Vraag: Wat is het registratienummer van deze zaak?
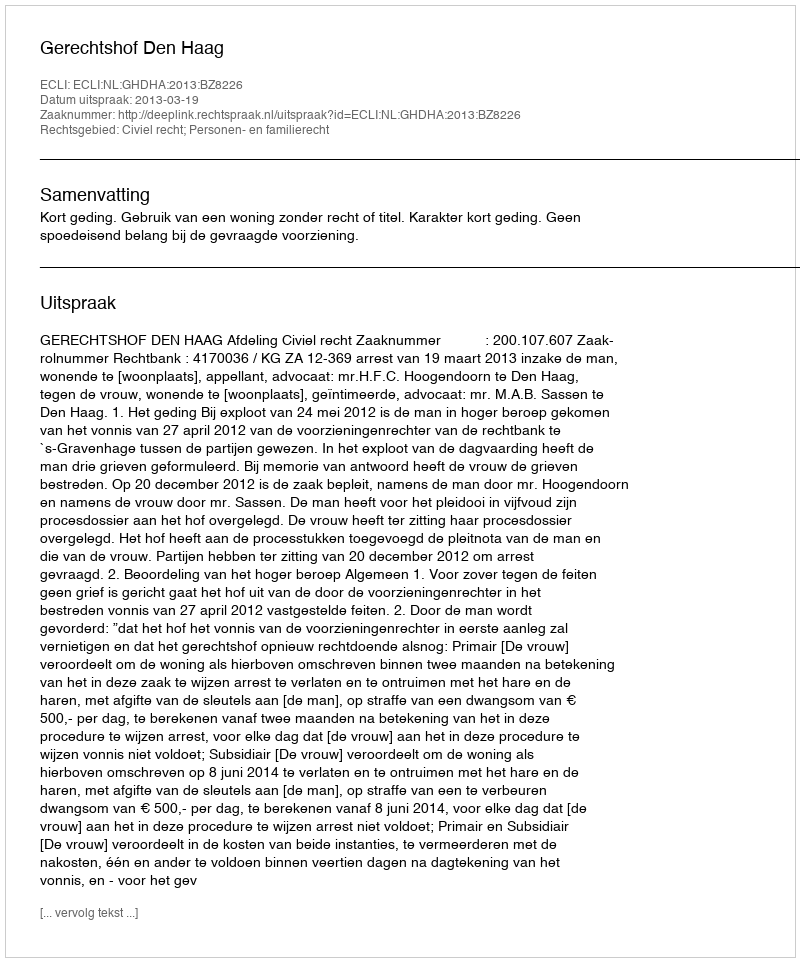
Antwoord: http://deeplink.rechtspraak.nl/uitspraak?id=ECLI:NL:GHDHA:2013:BZ8226